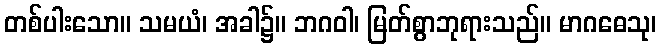
တစ်ပါးသော။ သမယံ၊ အခါ၌။ ဘဂဝါ၊ မြတ်စွာဘုရားသည်။ မာဂဓေသု၊